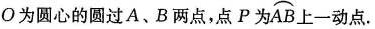
O 为圆心的圆过 A、B 两点，点 P 为 \stackrel\frown{ A B } 上一动点。